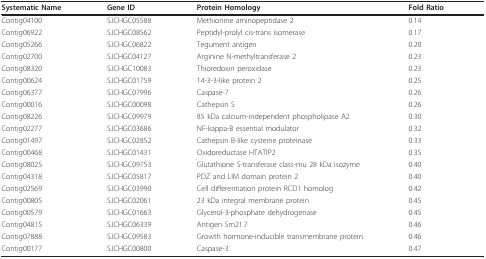
<table><thead><tr><td><b>Systematic Name</b></td><td><b>Gene ID</b></td><td><b>Protein Homology</b></td><td><b>Fold Ratio</b></td></tr></thead><tbody><tr><td>Contig04100</td><td>SJCHGC05588</td><td>Methionine aminopeptidase 2</td><td>0.14</td></tr><tr><td>Contig06922</td><td>SJCHGC08562</td><td>Peptidyl-prolyl cis-trans isomerase</td><td>0.17</td></tr><tr><td>Contig05266</td><td>SJCHGC06822</td><td>Tegument antigen</td><td>0.20</td></tr><tr><td>Contig02700</td><td>SJCHGC04127</td><td>Arginine N-methyltransferase 2</td><td>0.23</td></tr><tr><td>Contig08320</td><td>SJCHGC10083</td><td>Thioredoxin peroxidase</td><td>0.23</td></tr><tr><td>Contig00624</td><td>SJCHGC01759</td><td>14-3-3-like protein 2</td><td>0.25</td></tr><tr><td>Contig06377</td><td>SJCHGC07996</td><td>Caspase-7</td><td>0.26</td></tr><tr><td>Contig00016</td><td>SJCHGC00098</td><td>Cathepsin S</td><td>0.26</td></tr><tr><td>Contig08226</td><td>SJCHGC09979</td><td>85 kDa calcium-independent phospholipase A2</td><td>0.30</td></tr><tr><td>Contig02277</td><td>SJCHGC03686</td><td>NF-kappa-B essential modulator</td><td>0.32</td></tr><tr><td>Contig01497</td><td>SJCHGC02852</td><td>Cathepsin B-like cysteine proteinase</td><td>0.33</td></tr><tr><td>Contig00468</td><td>SJCHGC01431</td><td>Oxidoreductase HTATIP2</td><td>0.35</td></tr><tr><td>Contig08025</td><td>SJCHGC09753</td><td>Glutathione S-transferase class-mu 28 kDa isozyme</td><td>0.40</td></tr><tr><td>Contig04318</td><td>SJCHGC05817</td><td>PDZ and LIM domain protein 2</td><td>0.40</td></tr><tr><td>Contig02569</td><td>SJCHGC03990</td><td>Cell differentiation protein RCD1 homolog</td><td>0.42</td></tr><tr><td>Contig00805</td><td>SJCHGC02061</td><td>23 kDa integral membrane protein</td><td>0.45</td></tr><tr><td>Contig00579</td><td>SJCHGC01663</td><td>Glycerol-3-phosphate dehydrogenase</td><td>0.45</td></tr><tr><td>Contig04815</td><td>SJCHGC06339</td><td>Antigen Sm21.7</td><td>0.46</td></tr><tr><td>Contig07888</td><td>SJCHGC09583</td><td>Growth hormone-inducible transmembrane protein</td><td>0.46</td></tr><tr><td>Contig00177</td><td>SJCHGC00800</td><td>Caspase-3</td><td>0.47</td></tr></tbody></table>